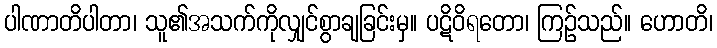
ပါဏာတိပါတာ၊ သူ၏အသက်ကိုလျှင်စွာချခြင်းမှ။ ပဋိဝိရတော၊ ကြဉ်သည်။ ဟောတိ၊